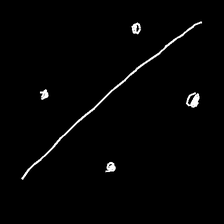
Glyph: cool